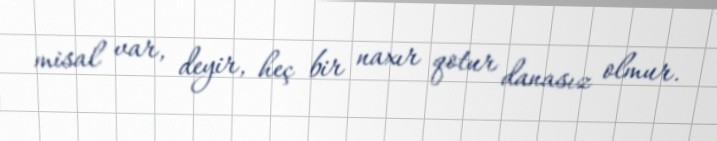
misal var, deyir, heç bir naxır qotur danasız olmur.